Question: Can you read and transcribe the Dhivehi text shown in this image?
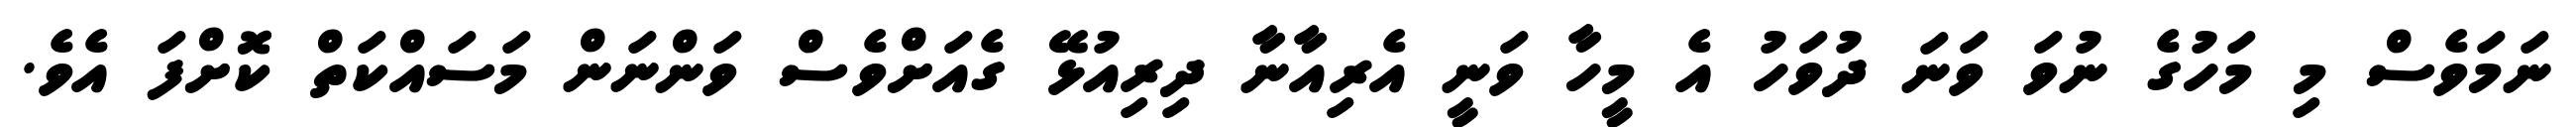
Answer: ނަމަވެސް މި މަހުގެ ނުވަ ވަނަ ދުވަހު އެ މީހާ ވަނީ އެރިއާނާ ދިރިއުޅޭ ގެއަށްވެސް ވަންނަން މަސައްކަތް ކޮށްފަ އެވެ.